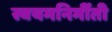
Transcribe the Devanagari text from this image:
स्वयमनिर्मीती